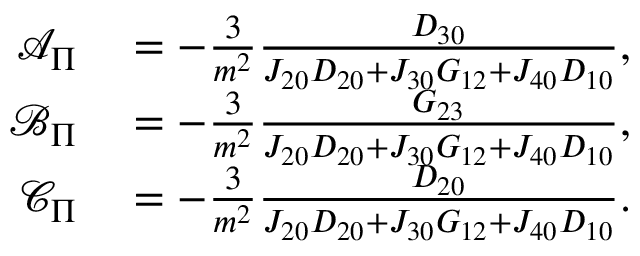
\begin{array} { r l } { \mathcal { A } _ { \Pi } } & { { } = - \frac { 3 } { m ^ { 2 } } \frac { D _ { 3 0 } } { J _ { 2 0 } D _ { 2 0 } + J _ { 3 0 } G _ { 1 2 } + J _ { 4 0 } D _ { 1 0 } } , } \\ { \mathcal { B } _ { \Pi } } & { { } = - \frac { 3 } { m ^ { 2 } } \frac { G _ { 2 3 } } { J _ { 2 0 } D _ { 2 0 } + J _ { 3 0 } G _ { 1 2 } + J _ { 4 0 } D _ { 1 0 } } , } \\ { \mathcal { C } _ { \Pi } } & { { } = - \frac { 3 } { m ^ { 2 } } \frac { D _ { 2 0 } } { J _ { 2 0 } D _ { 2 0 } + J _ { 3 0 } G _ { 1 2 } + J _ { 4 0 } D _ { 1 0 } } . } \end{array}